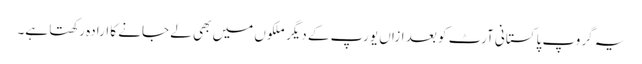
یہ گروپ پاکستانی آرٹ کو بعد ازاں یورپ کے دیگر ملکوں میں بھی لے جانے کا ارادہ رکھتا ہے۔